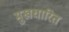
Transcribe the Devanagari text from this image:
मुखधारित